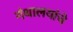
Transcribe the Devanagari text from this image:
गंथालयांचे